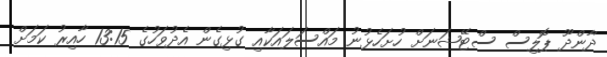
ދާންދޫ ޕޮލިސް ސްޓޭޝަނަށް ހުށަހެޅުނު މައްސަލައަކާއި ގުޅިގެން އެދުވަހުގެ 13:15 ހާއިރު ކަމަށް